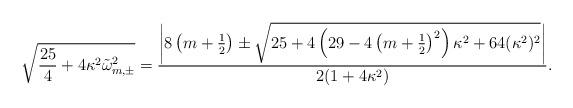
LaTeX: \begin{align*}\sqrt{\frac{25}{4}+4\kappa^2\tilde{\omega}_{m,\pm}^2} = \frac{\left|8\left(m+\frac12\right)\pm\sqrt{25+4\left(29-4\left(m+\frac12\right)^2\right)\kappa^2+64(\kappa^2)^2}\right|}{2(1+4\kappa^2)}.\end{align*}